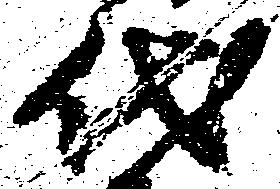
代